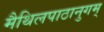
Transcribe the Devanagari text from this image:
मैथिलपाठानुगम्